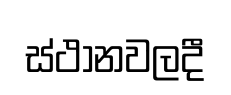
ස්ථානවලදී